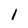
Character: 1